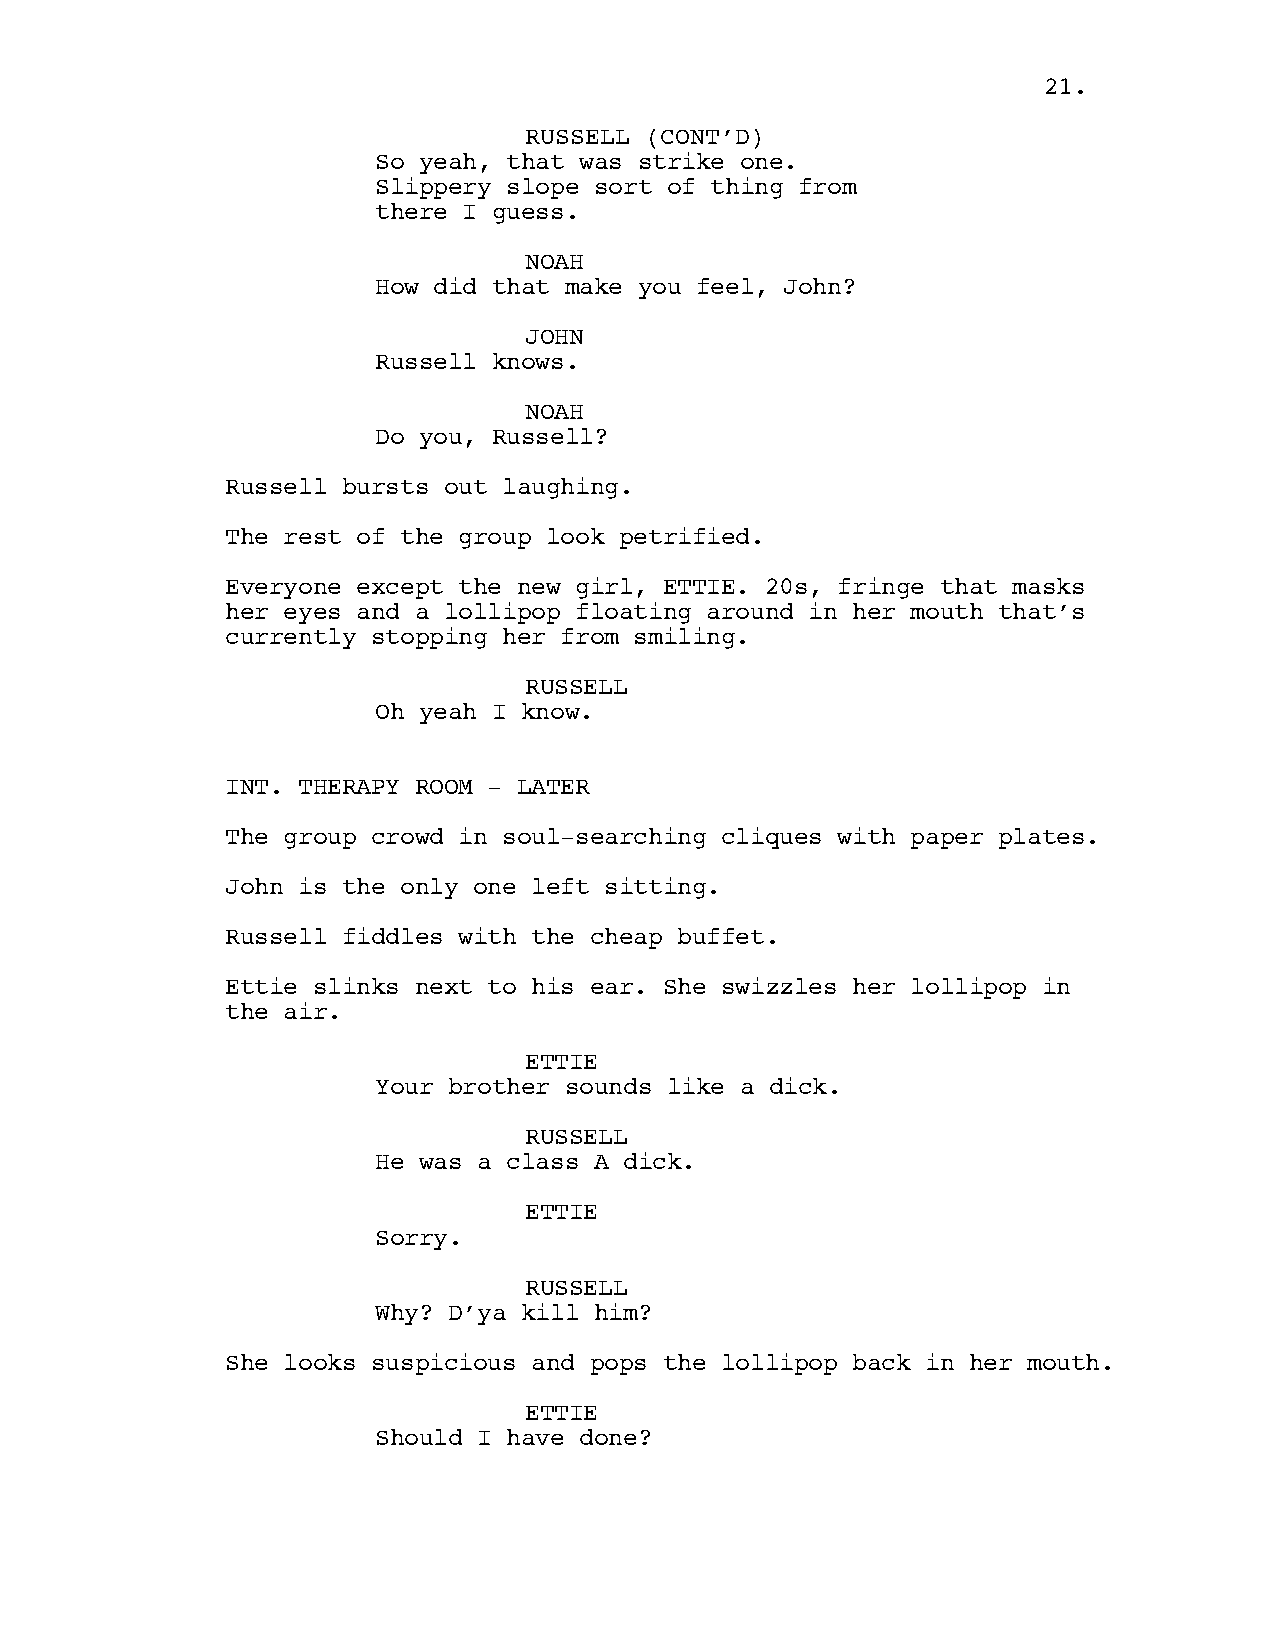
21.
 RUSSELL (CONT’D)
 So yeah, that was strike one.
 Slippery slope sort of thing from
 there I guess.
 NOAH
 How did that make you feel, John?
 JOHN
 Russell knows.
 NOAH
 Do you, Russell?
 Russell bursts out laughing.
 The rest of the group look petrified.
 Everyone except the new girl, ETTIE. 20s, fringe that masks
 her eyes and a lollipop floating around in her mouth that’s
 currently stopping her from smiling.
 RUSSELL
 Oh yeah I know.
 INT. THERAPY ROOM - LATER
 The group crowd in soul-searching cliques with paper plates.
 John is the only one left sitting.
 Russell fiddles with the cheap buffet.
 Ettie slinks next to his ear. She swizzles her lollipop in
 the air.
 ETTIE
 Your brother sounds like a dick.
 RUSSELL
 He was a class A dick.
 ETTIE
 Sorry.
 RUSSELL
 Why? D’ya kill him?
 She looks suspicious and pops the lollipop back in her mouth.
 ETTIE
 Should I have done?